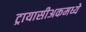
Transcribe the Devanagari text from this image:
ट्रायासीअकमध्ये